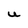
Character: U